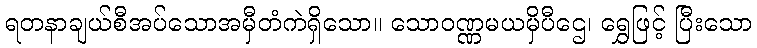
ရတနာချယ်စီအပ်သောအမှီတံကဲရှိသော။ သောဝဏ္ဏမယမှိပီဌေ၊ ရွှေဖြင့် ပြီးသော